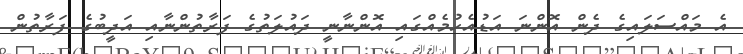
އެ މައްސަލައިގެ ދެން އޮންނަ އަޑުއެހުމެއްގައި އޮންނާނީ ދައުލަތުގެ ފަރާތުންނާއި އަދީބުގެ ފަރާތުން